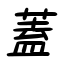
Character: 蓋